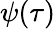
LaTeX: \psi(\tau)